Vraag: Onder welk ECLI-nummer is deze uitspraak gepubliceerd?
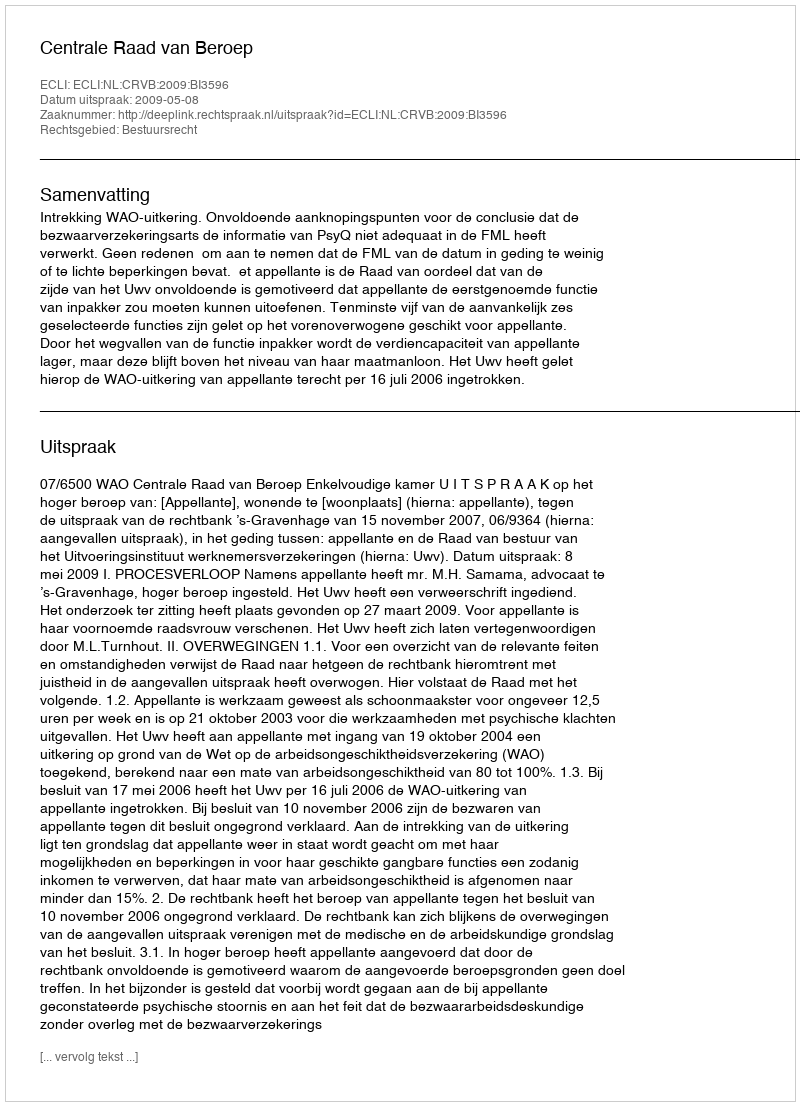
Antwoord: ECLI:NL:CRVB:2009:BI3596